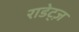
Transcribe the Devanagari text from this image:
राडेट्ज़